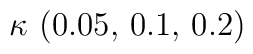
\kappa \, \left( 0.05,\, 0.1,\, 0.2\right)